Sanitation, dispensaries and jails vaccination Rajputana 1922-1927 - 1922-1927
Year: 1922
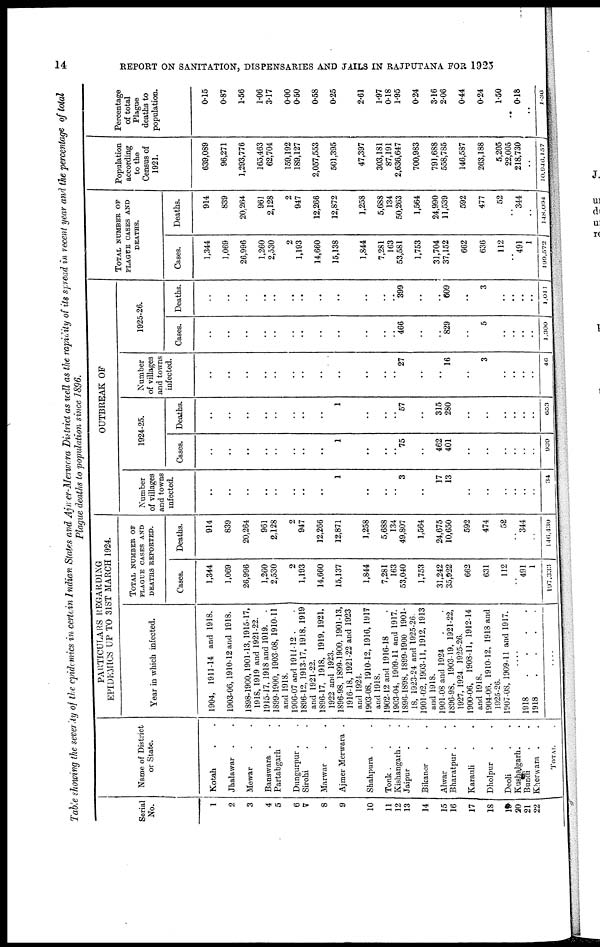
14
REPORT ON SANITATION, DISPENSARIES AND JAILS IN RAJPUTANA FOR 1925
Table showing the severity of the epidemics in certain Indian Slates and Ajner-Merwara District as well as the rapidity of its spread in recent year and the percentage of total
Plague deaths to population since 1896.
Serial
No.
1
2
3
4
5
6
7
8
9
10
11
12
13
14
15
16
17
18
19
20
21
22
Name of District
or State.
Kotah . .
Jhalawar .
Mewar . .
Banswara . .
Partabgarh .
Dungurpur .
Sirohi . .
Marwar . .
Ajmer Merwara .
Shahpura . .
Tonk . .
Kishangarh. .
Jaipur .
Bikaner .
Alwar . .
Bharatpur .
Karauli . .
Dholpur . .
Deoli . .
Kushalgarh. . .
Bundi . .
Kherwara . .
TOTAL .
PARTICULARS REGARDING
EPIDEMICS UP TO 31ST MARCH 1924.
Year in which infected.
1904, 1911-14 and 1918.
1903-06,1910-12 and 1918.
1898-1900,1901-13,1915-17,
1918, 1919 and 1921-22.
1915-17, 1918 and 1919.
.
1899-1900, 1903-08, 1910-11
and 1918.
1906-07 and 1911-12 .
1896-12, 1913-17, 1918, 1919
and 1921-22.
1896-17, 1918, 1919, 1921,
1922 and 1923.
1896-98, 1899-1900, 1901-13,
1916-18, 1921-22 and 1923
and 1924.
1903-08, 1910-12, 1916, 1917
and 1918.
1902-12 and 1916-18
1903-04, 1909-11 and 1917.
1896-1898, 1899-1900 1901-
18, 1923-24 and 1925-26.
1901-02, 1903-11, 1912, 1913
and 1918.
1901-08 and 1924
1896-98, 1903-19, 1921-22,
1927, 1924. 1925-26.
1900-06, 1908-11, 1912-14
and 1918.
1904-06, 1910-12, 1918 and
1925-26.
1907-08, 1909-11 and 1917.
....
1918
.
.
.
.
1918
.
.
.
.
TOTAL NUMBER OF
PLAGUE CASES AND
DEATHS REPORTED.
Cases.
1,344
1,069
26,996
1,260
2,530
2
1,193
14,660
15,137
1,844
7,281
163
53,040
1,753
31,242
35,922
662
631
112
491
1
197,333
Deaths.
914
839
20,264
961
2,128
2
947
12,266
12,871
1,258
5,688
134
49,807
1,564
24,675
10,650
592
474
52
344
..
146,430
OUTBREAK OF
Number
of villages
and towns
infected.
..
..
..
..
..
..
..
..
1
..
..
..
3
..
17
13
..
..
..
..
..
..
34
1924-25.
Cases.
..
..
..
..
..
..
..
..
1
..
..
..
75
..
462
401
..
..
..
..
..
..
939
Deaths.
..
..
..
..
..
..
..
..
1
..
57
..
315
280
..
..
..
..
..
..
653
Number
of villages
and towns
infected.
..
..
..
..
..
..
..
..
..
..
..
..
27
..
..
16
..
3
..
..
..
..
46
1925-26.
Cases.
..
..
..
..
..
..
..
..
..
..
..
..
466
..
..
829
..
5
..
..
..
..
1,300
Deaths.
..
..
..
..
..
..
..
..
..
..
..
..
399
..
..
609
..
3
..
..
..
..
l,011
TOTAL NUMBER OF
PLAGUE CASES AND
DEATHS.
Cases.
1,344
1,069
26,996
1,260
2,530
2
1,193
14,660
15,138
1,844
7,281
163
53,581
1,753
31,704
37,152
662
636
112
..
491
1
199,572
Deaths.
914
839
20,264
961
2,128
2
947
12,266
12,872
1,258
5,688
134
50,263
1,564
24,990
11,539
592
477
52
..
344
..
148,094
Population
according
to the
Census of
1921.
639,089
96,271
1,293,776
165,463
62,704
159,192
189,127
2,057,553
501,395
47,397
303,181
87,191
2,636,647
700,983
791,688
558,785
146,587
263,188
5,205
22,005
218,730
..
10,946,157
Percentage
of total
Plague
deaths to
population.
0.15
0.87
1.56
1.06
3.17
0.00
0.50
0.58
0.25
2.61
1.97
0.18
1.95
0.24
3.16
2.06
0.44
0.24
1.50
..
0.16
..
1.36